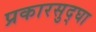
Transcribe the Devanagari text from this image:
प्रकारसुद्घा